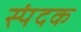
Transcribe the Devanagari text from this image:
स्पंदक